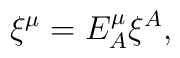
\xi^\mu = E^\mu _A \xi^A,